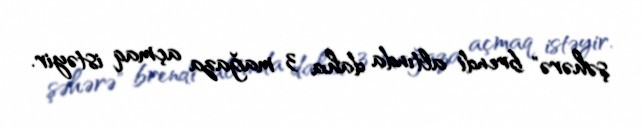
şəhərə" brendi altında daha 3 mağaza açmaq istəyir.